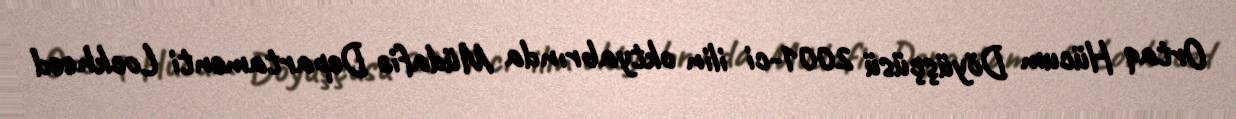
Ortaq Hücum Döyüşçüsü 2001-ci ilin oktyabrında Müdafiə Departamenti Lockheed